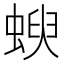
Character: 𧍳